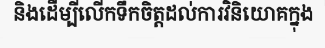
និងដើម្បីលើកទឹកចិត្តដល់ការវិនិយោគក្នុង